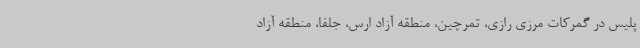
پلیس در گمرکات مرزی رازی، تمرچین، منطقه آزاد ارس، جلفا، منطقه آزاد